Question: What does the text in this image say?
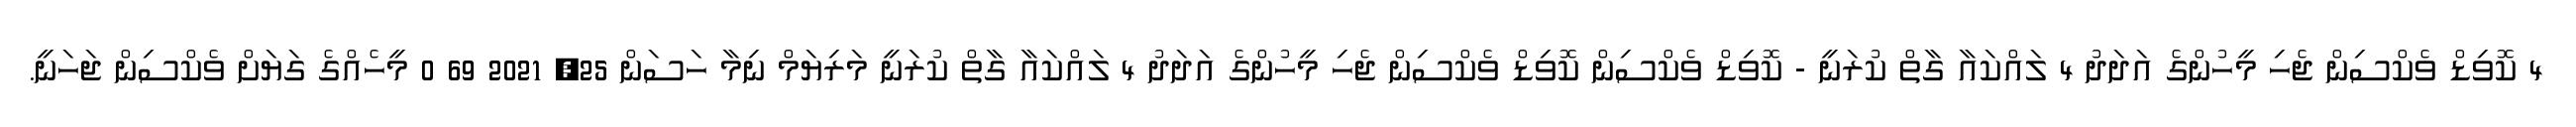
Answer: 4 ކޮވިޑް ވެކްސިން ޖެހި މީހުންގެ އަދަދު 4 ލައްކައާ ގާތް ކުރަނީ - ކޮވިޑް ވެކްސިން ކޮވިޑް ވެކްސިން ޖެހި މީހުންގެ އަދަދު 4 ލައްކައާ ގާތް ކުރަނީ މަރިޔަމް ނިމާ ހަސަން 25, 2021 69 0 މީހެއްގެ ގަޔަށް ވެކްސިން ޖަހަނީ.